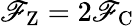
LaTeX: \mathscr{F}_{\mathrm{{Z}}}=2\mathscr{F}_{\mathrm{{C}}}